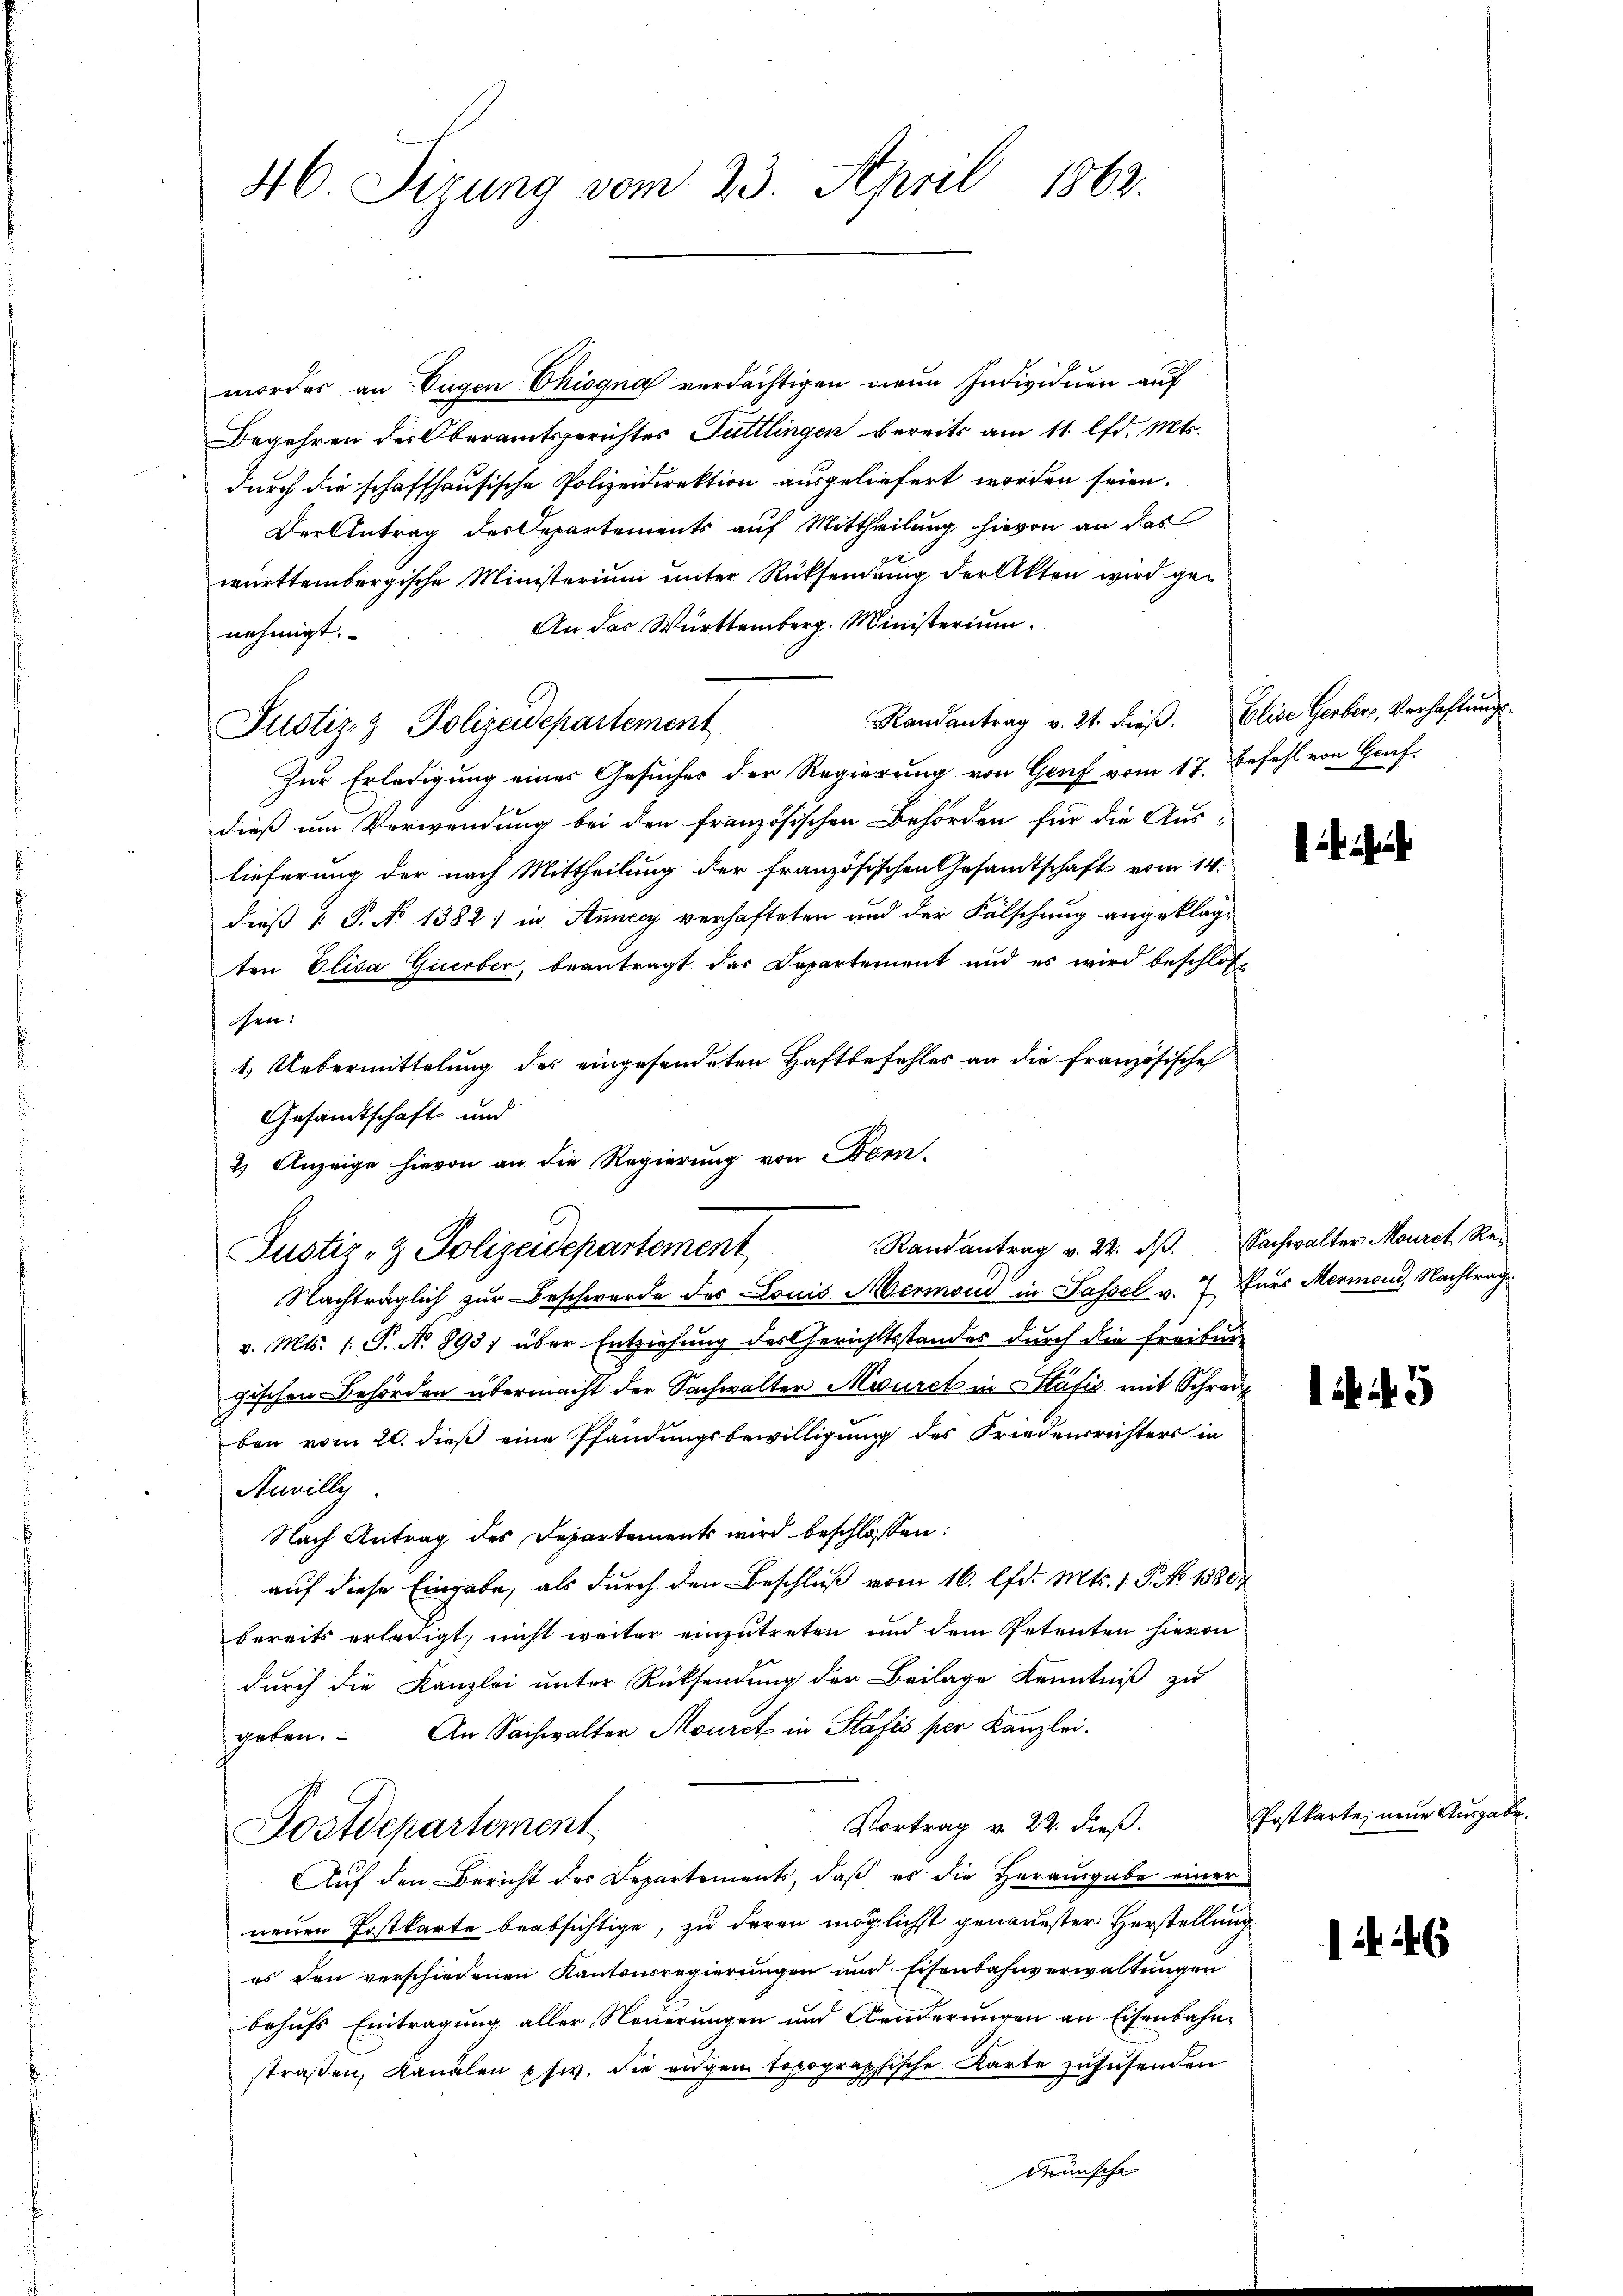
46. Sizung vom 23. April 1862.

mordes an: Eugen Chiogna verdächtigen mein Individuen auf
Begehren der Oberamtsgerichtes Tuttlingen bereits am 11. lfd. Mts.
durch die schaffhausische Polizeidirektion ausgeliefert worden seien.
Der Antrag der Departements auf Mittheilung hievon an das
württembergische Ministerium unter Rücksendung der Akten wird ge-
An das Württemberg. Ministerium.
nehmigt.
Randantrag v. 21. dieβ. Elise Gerber, Verhaftungs¬
Justiz- & Polizeidepartement
Zur Erledigung einer Gesuches der Regierung von Genf vom 17. Befehl von Genf,
dieß um Verwendung bei den französischen Behörden für die Aus-
lieferung der nach Mittheilung der französischen Gesandtschaft vom 14.
dieß P. No 1382) in Annecy verhafteten und der Fälschung angeklagten Elisa Gierber, beantragt das Departement und es wird beschloße
hen:
1.) Uebermittelung des eingesendeten Haftbefehles an die französische
Gesandtschaft und
2) Anzeige hievon an die Regierung von Bonn.
Justiz- & Polizeidepartement
Nachträglich zur Beschwerde des Louis Mermond in Sassel v. 7 Kurs Mermoni, Nachtrag
v. Mts. 1. P. N. 893; über Entziehung des Gerichtsstandes durch die Freiburgischen Behörden übermacht der Sachwalter Mauret in Stäfić mit Schreib
ben vom 20. dieß eine Pfandungsbewilligung des Friedensrichters in
Auvilly
Nach Antrag des Departements wird beschlossen:
auf diese Eingabe, als durch den Beschluß vom 16. d. Mts. 1. P. No 1380
bereits erledigt, nicht weiter einzutreten und dem Petenten hievon
durch die Kanzlei unter Rücksendung der Beilage Kenntniß zu
geben. An Sachwalter Mourct in Stäfis per Kanzlei.
Vortrag v. 22. dieß.
Postdepartement
Auf den Bericht des Departements, daß es die Herausgabe einer
neuen Postkarte beabsichtige, zu deren möglichst genauester Herstellung
es den verschiedenen Kantonsregierungen und Eisenbahnverwaltungen
behufs Eintragung aller Neuerungen und Aenderungen an Eisenbahnstraßen, Kanalen usw. die eigen topographische Karte zufusenden
demische

Randantrag v. 22. dβ. Sachwalter Mourch Re¬

i

45

Postkarte, neue Ausgabe.

146